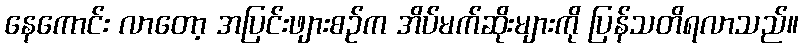
နေကောင်း လာတော့ အပြင်းဖျားစဉ်က အိပ်မက်ဆိုးများကို ပြန်သတိရလာသည်။